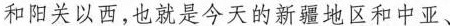
和阳关以西，也就是今天的新疆地区和中亚、